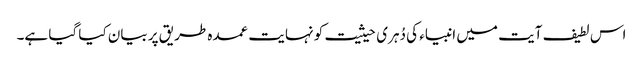
اس لطیف آیت میں انبیاء کی دُہری حیثیت کو نہایت عمدہ طریق پر بیان کیا گیا ہے۔